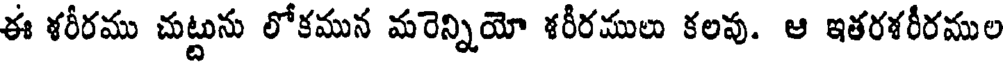
ఈ శరీరము చుట్టును లోకమున మరెన్నియో శరీరములు కలవు. ఆ ఇతరశరీరముల